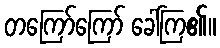
တကြော်ကြော် ခေါ်ကြ၏။